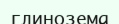
глинозема